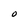
Character: O